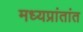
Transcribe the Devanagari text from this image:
मध्यप्रांतांत